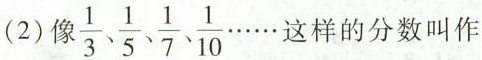
2)像\frac{1}{3}、\frac{1}{5}、\frac{1}{7}、 \frac{1}{10}\cdots \cdots 这样的分数叫作